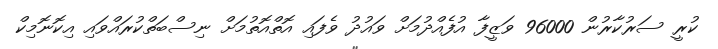
ކުރީ ސަރުކާރުން 96000 ވަޒީފާ އުފެއްދުމަށް ވައުދު ވެފައި އޮތްއޮތުމަށް ނިސްބަތްކުރައްވައި އިކޮނޮމިކް